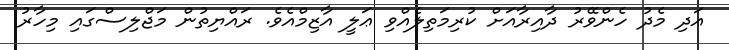
އަދި މެދު ހެންވޭރު ދާއިރާއަށް ކުރިމަތިލެއްވި ޢަލީ އާޒިމްއެވެ. ރައްޔިތުން މަޖްލިސްގައި މިހާރު